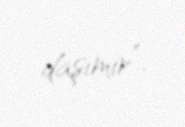
daşımır”.